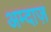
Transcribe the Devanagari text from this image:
अम्दाज़